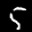
Label: 5